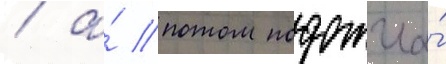
/ а́ потом подожгла́